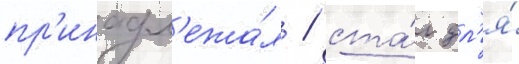
пр'инадл'ежа́л / ста́л дл'я́